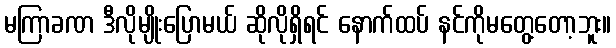
မကြာခဏ ဒီလိုမျိုးပြောမယ် ဆိုလိုရှိရင် နောက်ထပ် နင်ကိုမတွေ့တော့ဘူး။